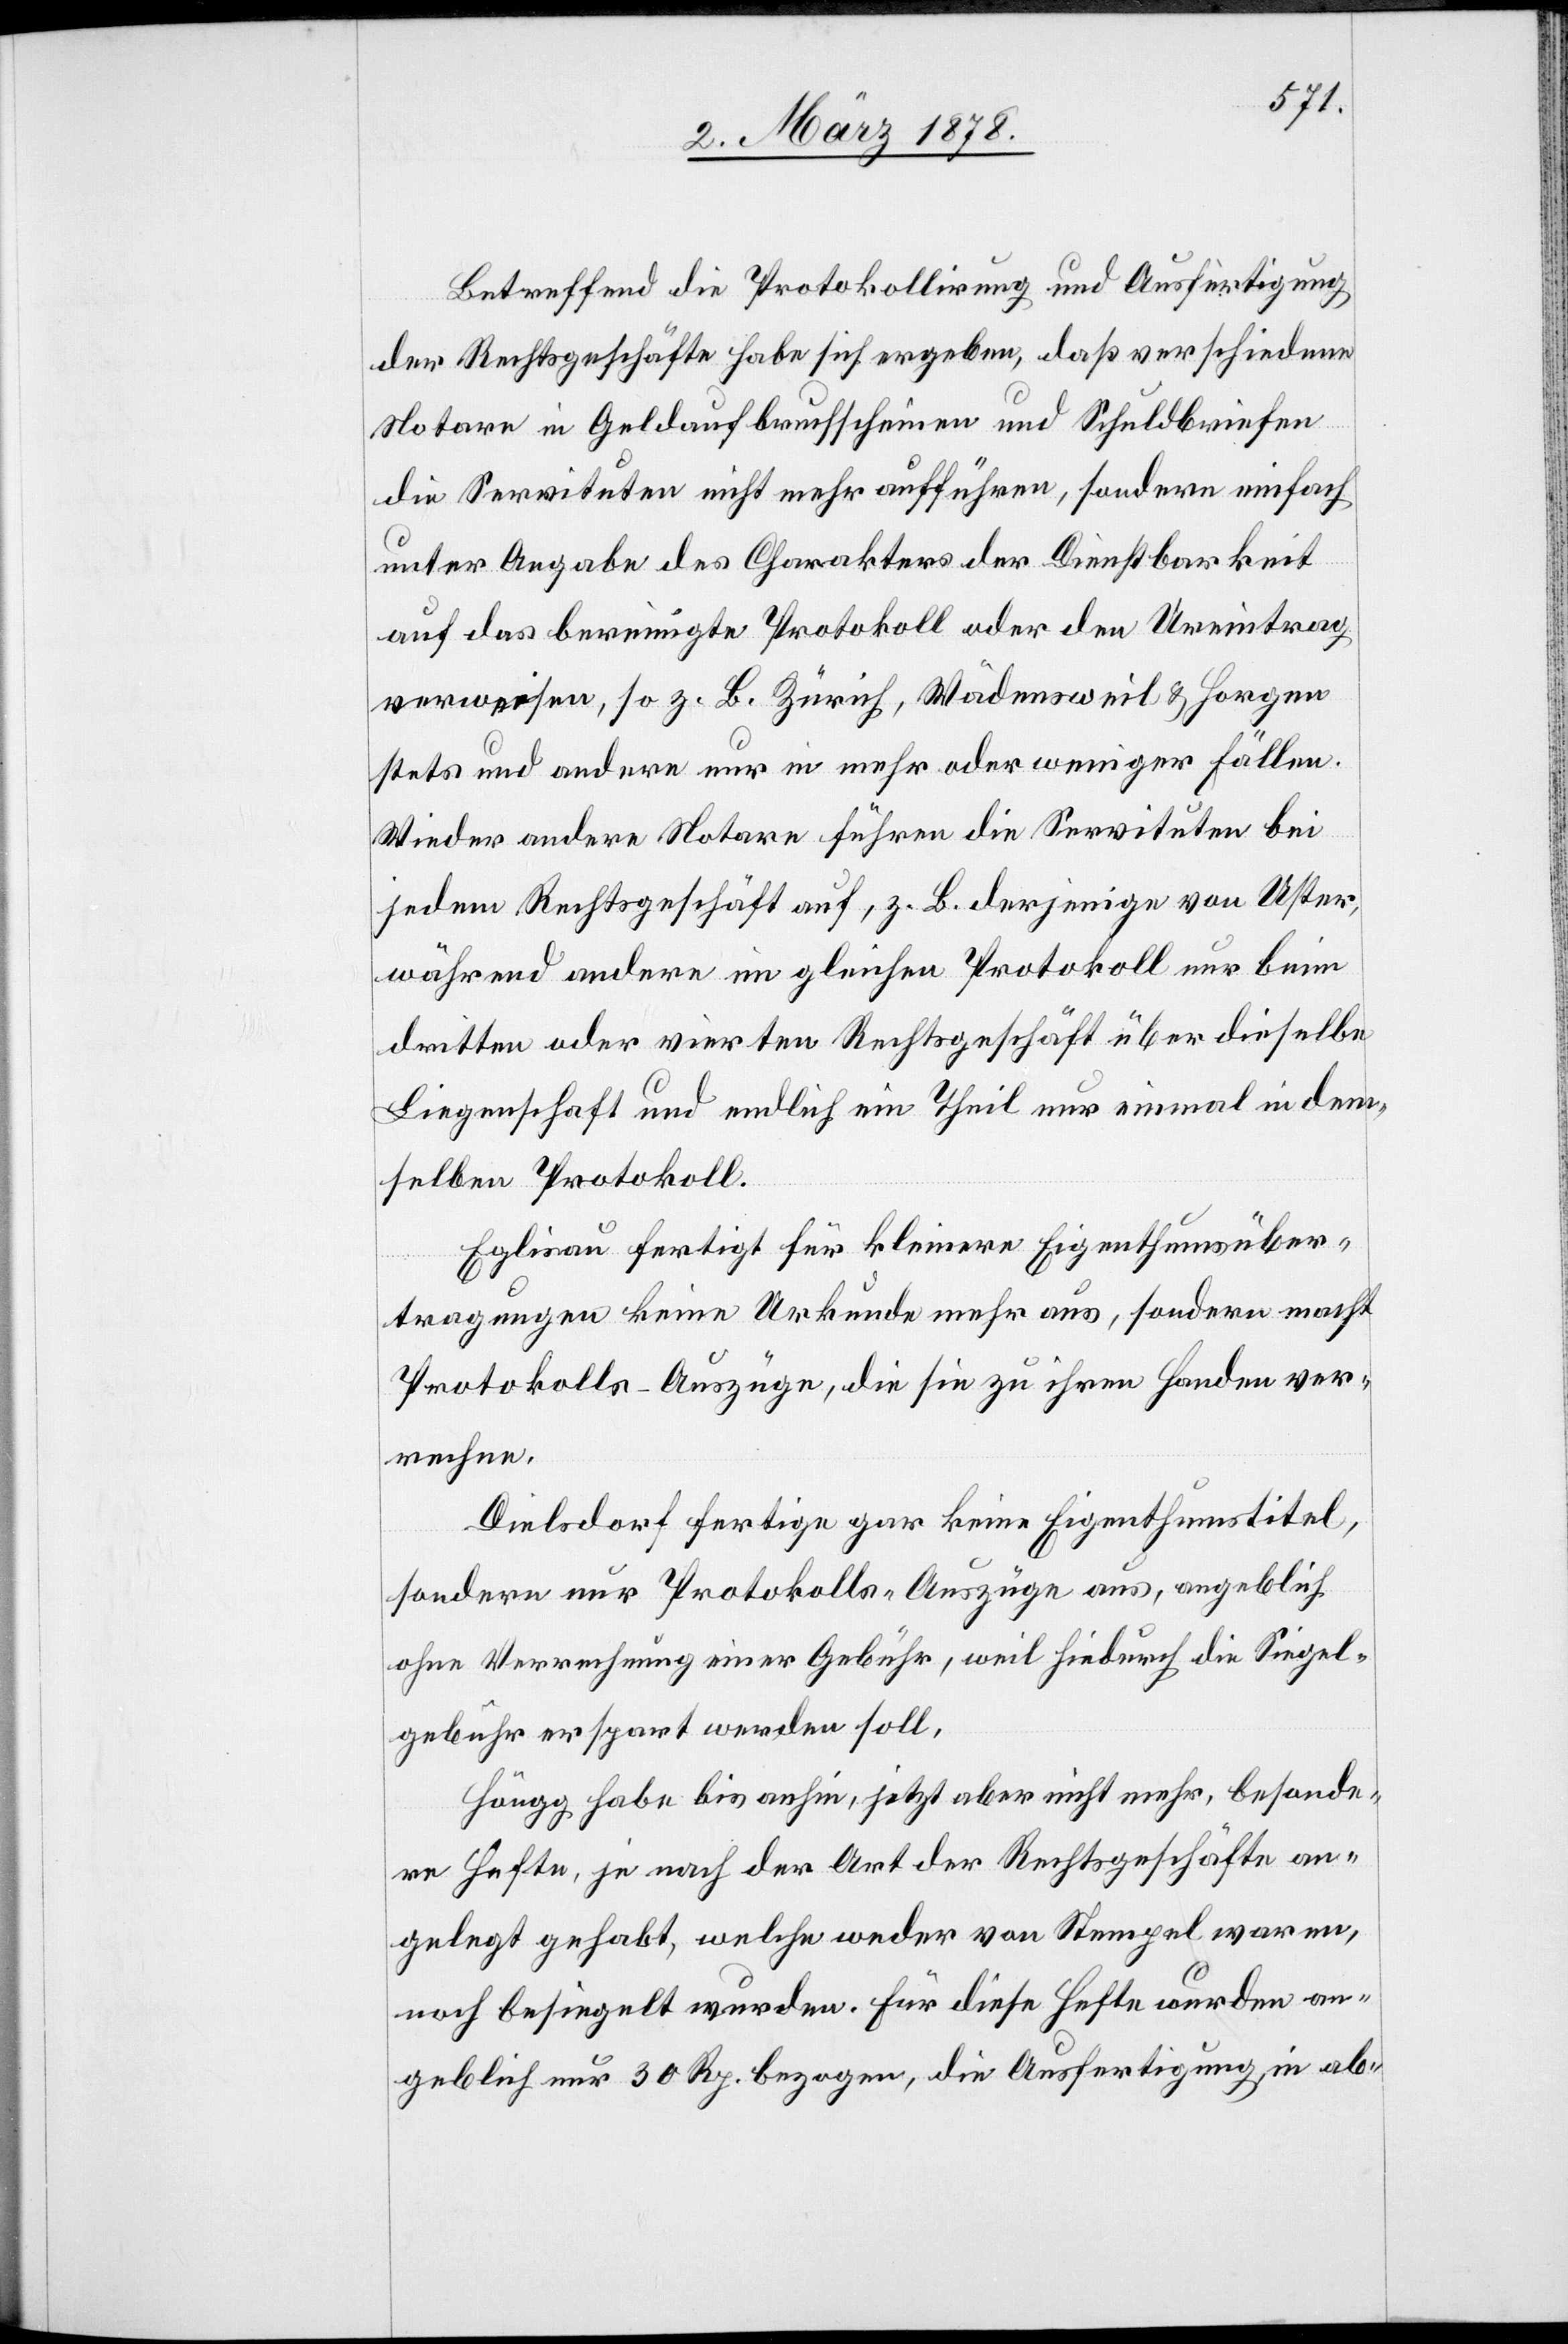
Betreffend die Protokollirung und Ausfertigung
der Rechtsgeschäfte habe sich ergeben, daß verschiedene
Notare in Geldaufbruchscheinen und Schuldbriefen
die Servituten nicht mehr aufführen, sondern einfach
unter Angabe des Charakters der Dienstbarkeit
auf das bereinigte Protokoll oder den Ureintrag
verweisen, so z. B. Zürich, Wädensweil & Horgen
stets und andere nur in mehr oder weniger Fällen.
Wieder andere Notare führen die Servituten bei
jedem Rechtsgeschäft auf, z. B. derjenige von Uster,
während andere, im gleichen Protokoll nur beim
dritten oder vierten Rechtsgeschäft über dieselbe
Liegenschaft und endlich ein Theil nur einmal in dem¬
selben Protokoll.
Eglisau fertigt für kleinere Eigenthumsüber¬
tragungen keine Urkunde mehr aus, sondern macht
Protokolls-Auszüge, die sie zu ihren Handen ver¬
rechne.
Dielsdorf fertige gar keine Eigenthumstitel,
sondern nur Protokolls-Auszüge aus, angeblich
ohne Verrechnung einer Gebühr, weil hiedurch die Siegel¬
gebühr erspart werden soll.
Höngg habe bis anhin, jetzt aber nicht mehr, besonde¬
re Hafte, je nach der Art der Rechtsgeschäfte an¬
gelegt gehabt, welche weder von Stempel waren,
noch besiegelt wurden. Für diese Hefte wurden an¬
geblich nur 30 Rp. bezogen, die Ausfertigung in ab-